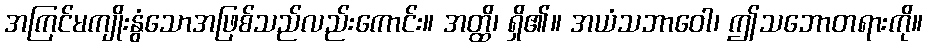
အကြင်မကျိုးနွံသောအဖြစ်သည်လည်းကောင်း။ အတ္ထိ၊ ရှိ၏။ အယံသဘာဝေါ၊ ဤသဘောတရားကို။